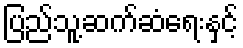
ပြည်သူ့ဆက်ဆံရေးနှင့်